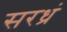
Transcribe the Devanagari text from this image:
सरध्रं